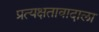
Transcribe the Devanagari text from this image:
प्रत्यक्षतावादाला